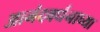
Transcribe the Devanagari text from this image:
आनंदवर्धनाच्या